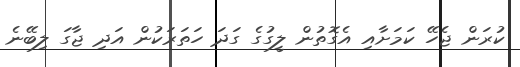
ކުރަން ޖެހޭ ކަމަށާއި އެގޮތުން ލީގުގެ ގަދަ ހަތަރަކުން އަދި ޖާގަ ލިބޭނެ